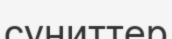
суниттер